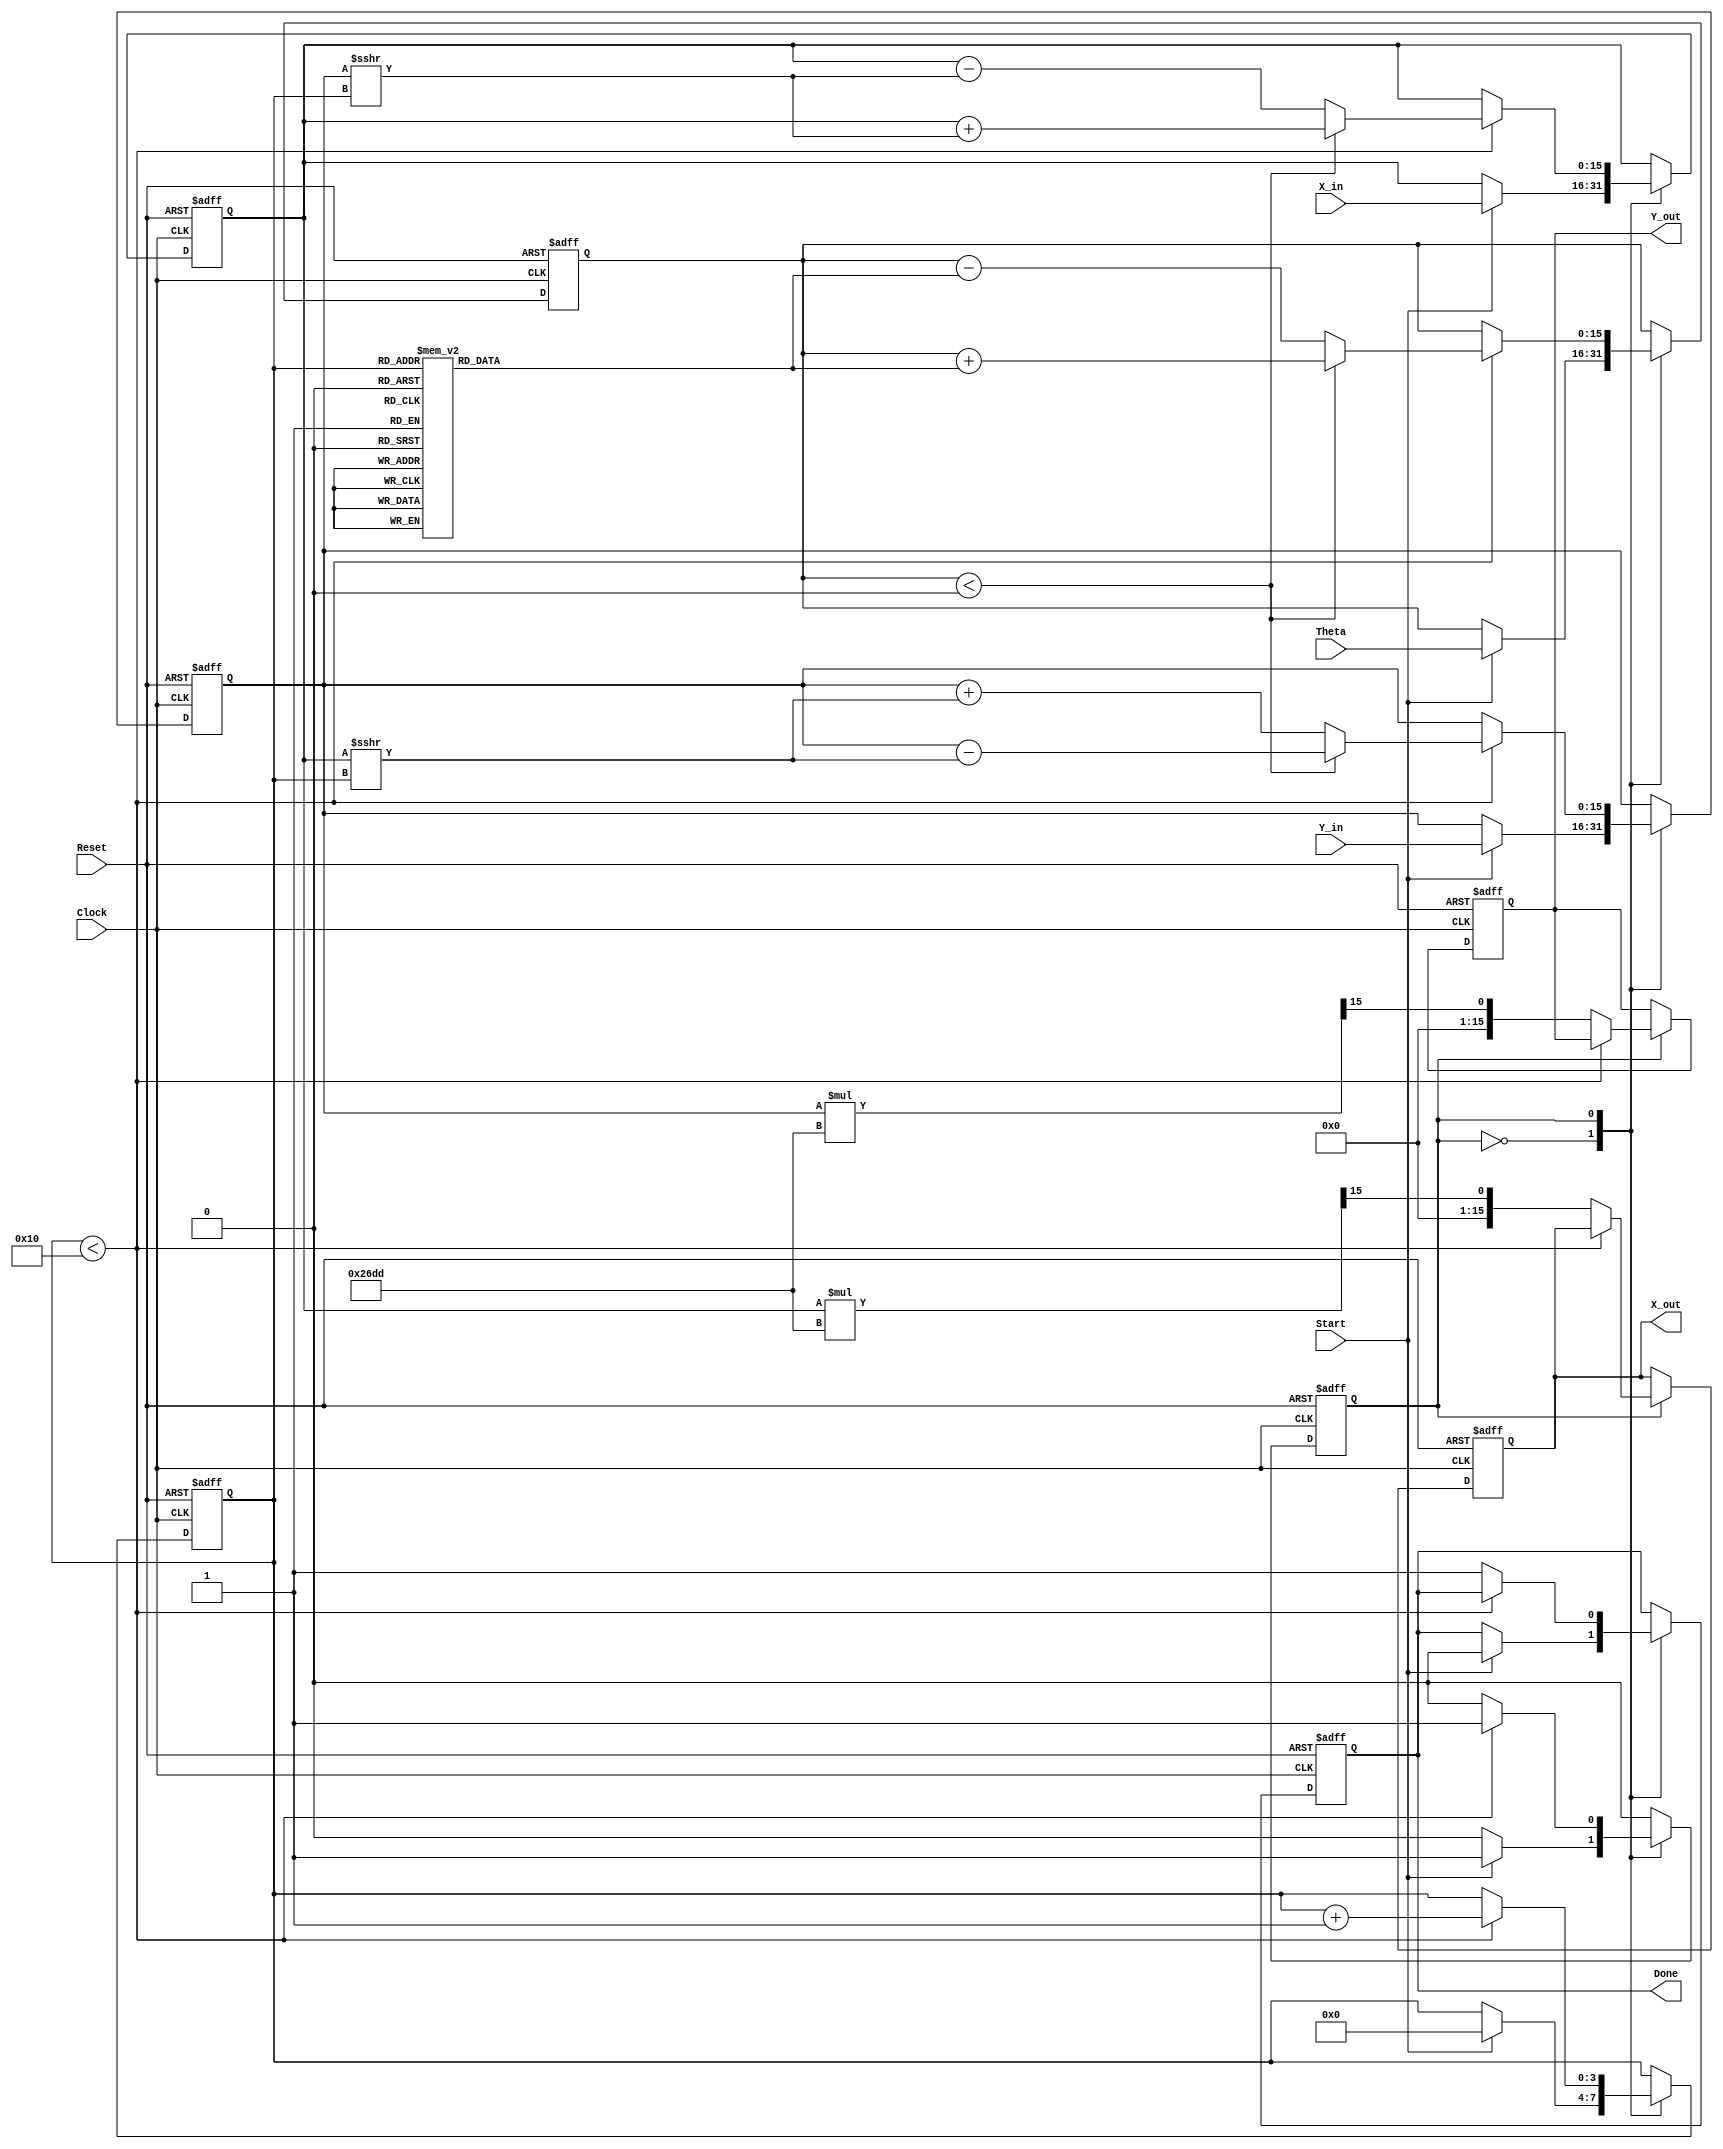
module complex_cordic (
    input wire signed [15:0] X_in,       // Real part of the input vector
    input wire signed [15:0] Y_in,       // Imaginary part of the input vector
    input wire signed [15:0] Theta,      // Angle of rotation
    input wire Start,                    // Start signal
    input wire Reset,                    // Asynchronous reset
    input wire Clock,                    // Clock signal
    output reg signed [15:0] X_out,      // Real part of the output vector
    output reg signed [15:0] Y_out,      // Imaginary part of the output vector
    output reg Done                      // Operation completion signal
);

    // Parameters
    parameter N = 16;                    // Number of iterations
    parameter SCALING_FACTOR = 16'h26DD; // Scaling factor (fixed-point representation)

    // Internal signals
    reg signed [15:0] x;                 // Internal real part
    reg signed [15:0] y;                 // Internal imaginary part
    reg signed [15:0] theta;              // Current angle
    reg [3:0] iteration;                  // Iteration counter
    reg state;                            // State of the CORDIC operation

    // Angle Lookup Table (precomputed angles)
    reg signed [15:0] angle_table [0:N-1];
    initial begin
        // Populate angle_table with arctan(2^-i) values (scaled)
        angle_table[0] = 16'h2C8F; // atan(2^0)
        angle_table[1] = 16'h1DAC; // atan(2^-1)
        angle_table[2] = 16'h0FAD; // atan(2^-2)
        angle_table[3] = 16'h07A1; // atan(2^-3)
        angle_table[4] = 16'h03D4; // atan(2^-4)
        angle_table[5] = 16'h01F1; // atan(2^-5)
        angle_table[6] = 16'h00FA; // atan(2^-6)
        angle_table[7] = 16'h007F; // atan(2^-7)
        angle_table[8] = 16'h003F; // atan(2^-8)
        angle_table[9] = 16'h001F; // atan(2^-9)
        angle_table[10] = 16'h000F; // atan(2^-10)
        angle_table[11] = 16'h0007; // atan(2^-11)
        angle_table[12] = 16'h0003; // atan(2^-12)
        angle_table[13] = 16'h0002; // atan(2^-13)
        angle_table[14] = 16'h0001; // atan(2^-14)
        angle_table[15] = 16'h0000; // atan(2^-15)
    end

    // State Machine and Iterative Process
    always @(posedge Clock or posedge Reset) begin
        if (Reset) begin
            // Reset state
            x <= 0;
            y <= 0;
            theta <= 0;
            iteration <= 0;
            Done <= 0;
            X_out <= 0;
            Y_out <= 0;
            state <= 0;
        end else begin
            case (state)
                0: begin // Idle state
                    if (Start) begin
                        // Initialize input values
                        x <= X_in;
                        y <= Y_in;
                        theta <= Theta;
                        iteration <= 0;
                        Done <= 0;
                        state <= 1; // Move to the next state
                    end
                end
                1: begin // Iterative state
                    if (iteration < N) begin
                        // CORDIC iteration
                        if (theta < 0) begin
                            // Perform rotation
                            x <= x + (y >>> iteration);
                            y <= y - (x >>> iteration);
                            theta <= theta + angle_table[iteration];
                        end else begin
                            // Perform rotation
                            x <= x - (y >>> iteration);
                            y <= y + (x >>> iteration);
                            theta <= theta - angle_table[iteration];
                        end
                        iteration <= iteration + 1; // Increment iteration counter
                    end else begin
                        // Finished iterations
                        X_out <= (x * SCALING_FACTOR) >>> 15; // Scale the output
                        Y_out <= (y * SCALING_FACTOR) >>> 15; // Scale the output
                        Done <= 1; // Indicate completion
                        state <= 0; // Go back to idle state
                    end
                end
            endcase
        end
    end

endmodule